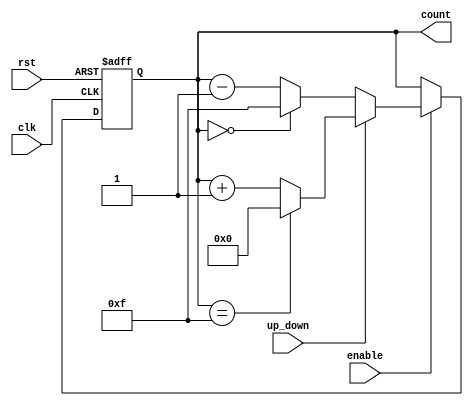
module up_down_counter #(
    parameter WIDTH = 4 // Parameter for counter width (number of bits)
)(
    input wire clk,            // Clock input
    input wire rst,            // Asynchronous reset input
    input wire up_down,        // Up/Down control signal (1 for up, 0 for down)
    input wire enable,         // Enable signal
    output reg [WIDTH-1:0] count // Current count output
);

// Internal maximum and minimum values for the counter
localparam MAX_COUNT = (1 << WIDTH) - 1; // Maximum value for the counter (2^WIDTH - 1)

// Asynchronous reset and counter logic
always @(posedge clk or posedge rst) begin
    if (rst) begin
        count <= 0; // Reset count to 0
    end else if (enable) begin
        if (up_down) begin
            // Counting Up
            if (count == MAX_COUNT) begin
                count <= 0; // Wrap around on overflow
            end else begin
                count <= count + 1; // Increment counter
            end
        end else begin
            // Counting Down
            if (count == 0) begin
                count <= MAX_COUNT; // Wrap around on underflow
            end else begin
                count <= count - 1; // Decrement counter
            end
        end
    end
    // If enable is low, hold the current count value
end

endmodule